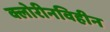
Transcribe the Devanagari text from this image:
क्लोरीनविहीन